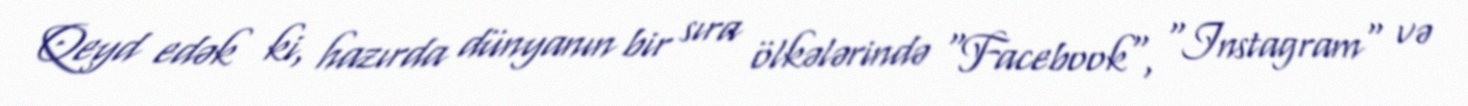
Qeyd edək ki, hazırda dünyanın bir sıra ölkələrində "Facebook", "Instagram" və